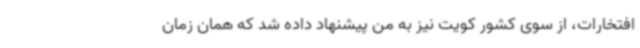
افتخارات، از سوی کشور کویت نیز به من پیشنهاد داده شد که همان زمان